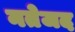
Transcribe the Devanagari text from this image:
नतेजद